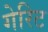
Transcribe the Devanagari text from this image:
गेरिट